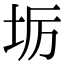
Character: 𭎅